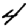
Digit: 4